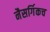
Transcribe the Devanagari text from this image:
नैसर्गिकच